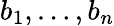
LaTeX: b_{1},\ldots,b_{n}